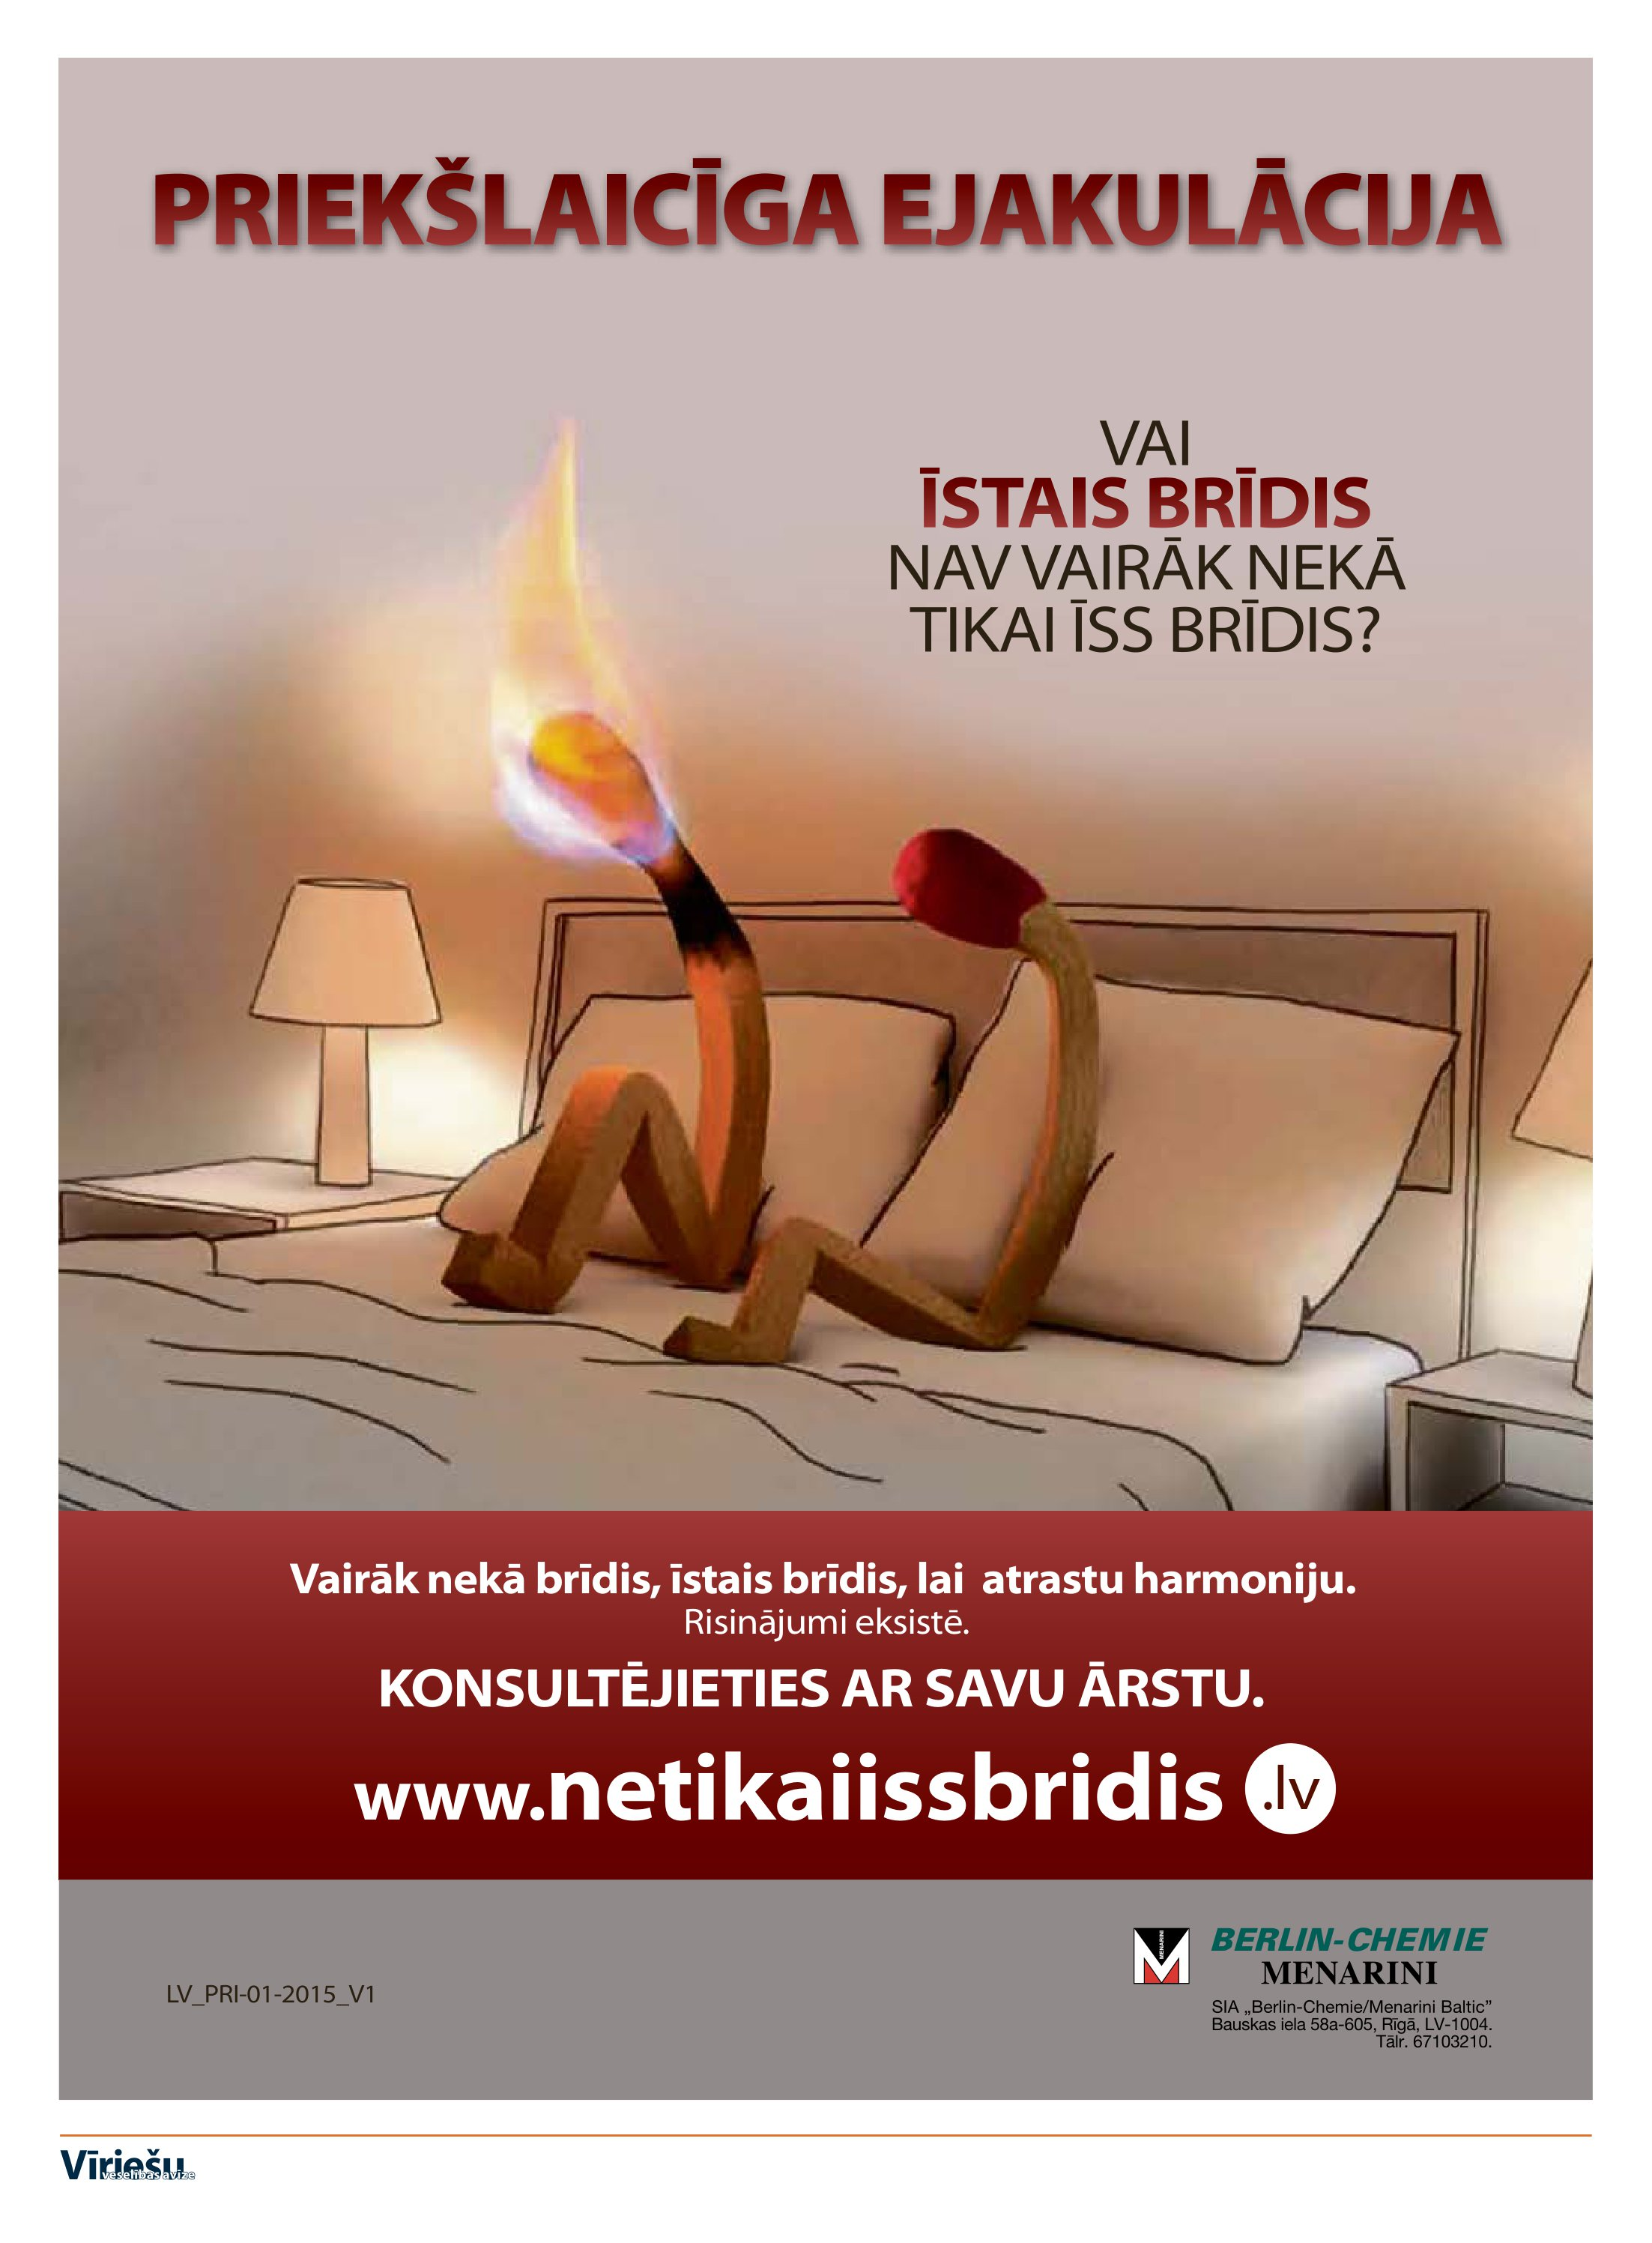
Language: lv